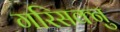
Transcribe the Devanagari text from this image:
गरिसक्नु